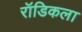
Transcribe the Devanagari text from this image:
रॉडिकला